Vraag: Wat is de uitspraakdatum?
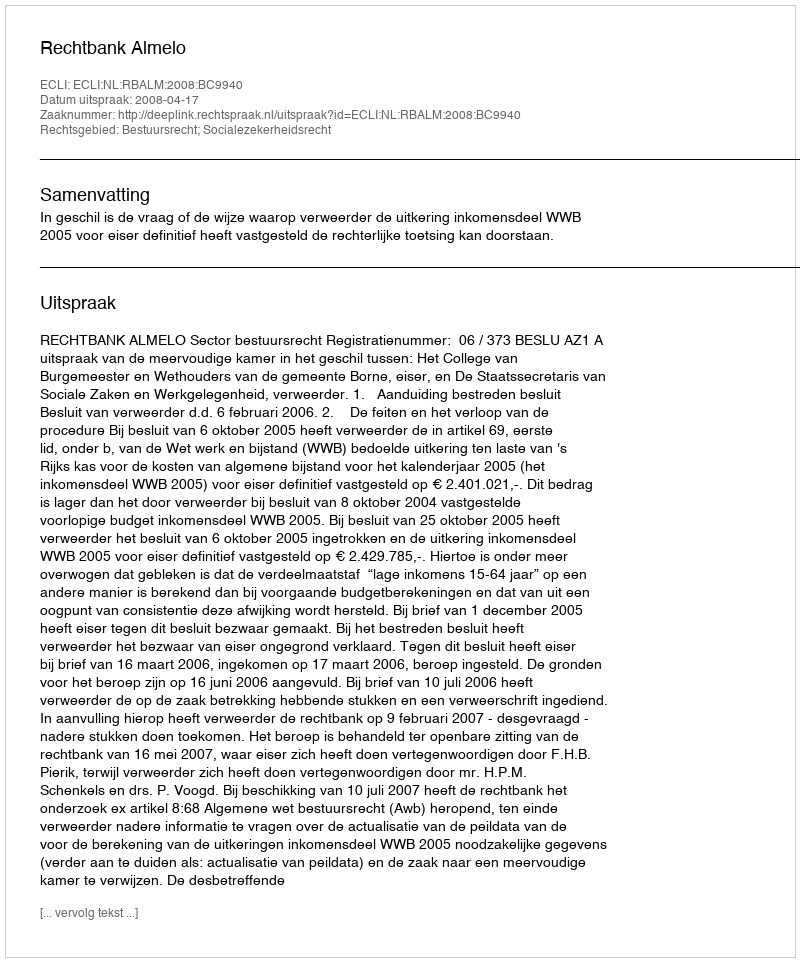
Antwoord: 2008-04-17